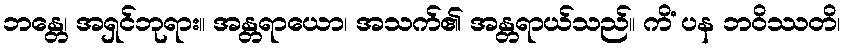
ဘန္တေ၊ အရှင်ဘုရား။ အန္တရာယော၊ အသက်၏ အန္တရာယ်သည်။ ကိံ ပန ဘဝိဿတိ၊